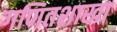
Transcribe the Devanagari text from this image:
गणितशाखा